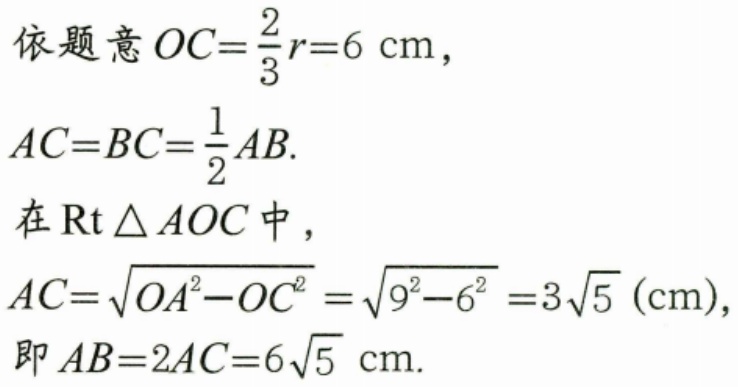
依题意\(OC = \frac{2}{3}r = 6\mathrm{cm}\)，
\(AC = BC=\frac{1}{2}AB\).
在\(\text{Rt}\triangle AOC\)中，
\(AC=\sqrt{OA^{2}-OC^{2}}=\sqrt{9^{2}-6^{2}} = 3\sqrt{5}(\mathrm{cm})\)，
即\(AB = 2AC = 6\sqrt{5}\mathrm{cm}\).